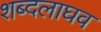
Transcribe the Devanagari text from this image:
शब्दलाघव